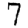
Digit: 7